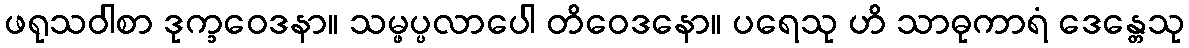
ဖရုသဝါစာ ဒုက္ခဝေဒနာ။ သမ္ဖပ္ပလာပေါ တိဝေဒနော။ ပရေသု ဟိ သာဓုကာရံ ဒေန္တေသု